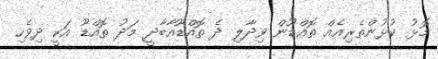
މޮޅު ކުޅުންތެރިއެއް ތޮއްޑޫން ވިދާލި ދެ ތޮއްޑޫއާބާދީ މަދު ތޮއްޑޫ އަކީ ދިވެހި